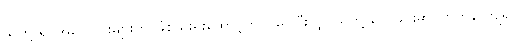
သူတို့ ရုပ်အလောင်းများကို ခြံစည်းရိုးထောင့်တွင် မြှုပ်ပီးလျှင်သူတို့ သေခြင်းမှာ ကြက်နာကျ၍